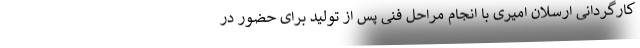
کارگردانی ارسلان امیری با انجام مراحل فنی پس از تولید برای حضور در